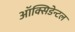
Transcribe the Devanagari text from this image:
ऑक्सिडेन्टल